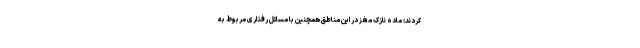
کردند: ماده نازک مغز در این مناطق همچنین با مسائل رفتاری مربوط به